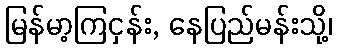
မြန်မာ့ကြငှန်း, နေပြည်မန်းသို့၊